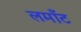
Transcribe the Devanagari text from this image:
लमाँट